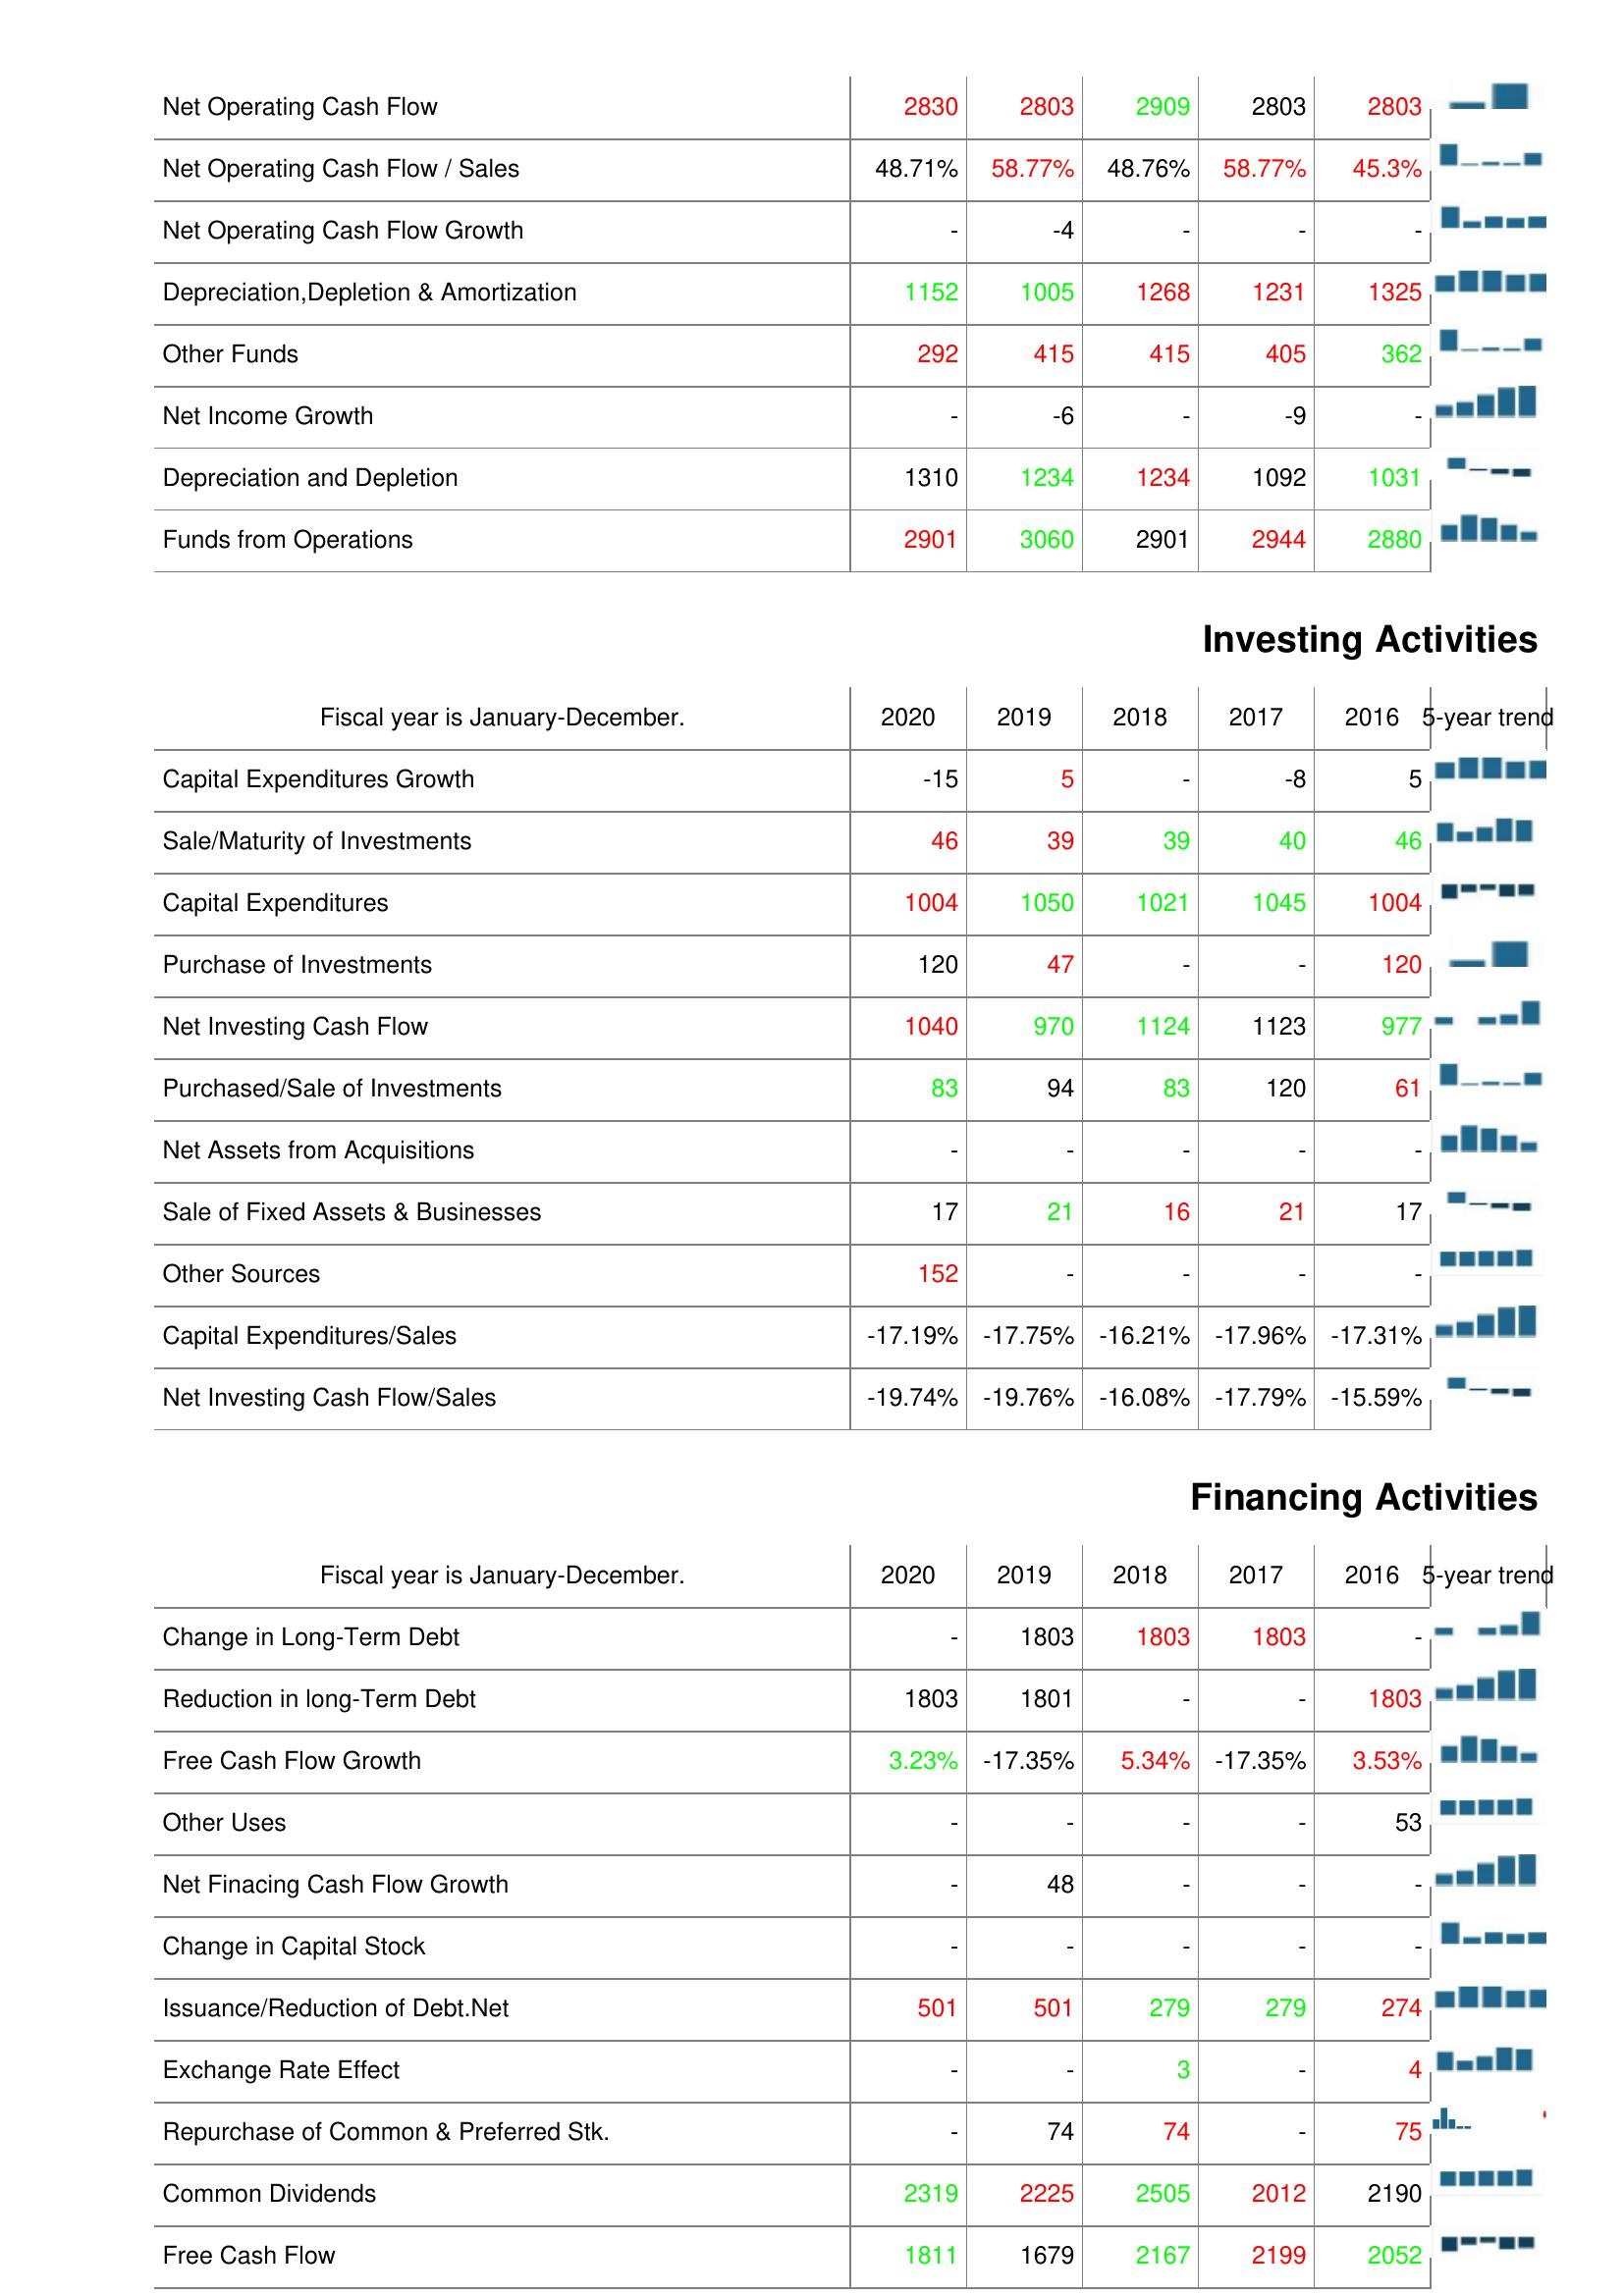
2020: Operating Activities: Net Operating Cash Flow: 2830
Net Operating Cash Flow / Sales: 48.71%
Net Operating Cash Flow Growth: -
Depreciation,Depletion & Amortization: 1152
Other Funds: 292
Net Income Growth: -
Depreciation and Depletion: 1310
Funds from Operations: 2901
Investing Activities: Capital Expenditures Growth: -15
Sale/Maturity of Investments: 46
Capital Expenditures: 1004
Purchase of Investments: 120
Net Investing Cash Flow: 1040
Purchased/Sale of Investments: 83
Net Assets from Acquisitions: -
Sale of Fixed Assets & Businesses: 17
Other Sources: 152
Capital Expenditures/Sales: -17.19%
Net Investing Cash Flow/Sales: -19.74%
Financing Activities: Change in Long-Term Debt: -
Reduction in long-Term Debt: 1803
Free Cash Flow Growth: 3.23%
Other Uses: -
Net Finacing Cash Flow Growth: -
Change in Capital Stock: -
Issuance/Reduction of Debt.Net: 501
Exchange Rate Effect: -
Repurchase of Common & Preferred Stk.: -
Common Dividends: 2319
Free Cash Flow: 1811
2019: Operating Activities: Net Operating Cash Flow: 2803
Net Operating Cash Flow / Sales: 58.77%
Net Operating Cash Flow Growth: -4
Depreciation,Depletion & Amortization: 1005
Other Funds: 415
Net Income Growth: -6
Depreciation and Depletion: 1234
Funds from Operations: 3060
Investing Activities: Capital Expenditures Growth: 5
Sale/Maturity of Investments: 39
Capital Expenditures: 1050
Purchase of Investments: 47
Net Investing Cash Flow: 970
Purchased/Sale of Investments: 94
Net Assets from Acquisitions: -
Sale of Fixed Assets & Businesses: 21
Other Sources: -
Capital Expenditures/Sales: -17.75%
Net Investing Cash Flow/Sales: -19.76%
Financing Activities: Change in Long-Term Debt: 1803
Reduction in long-Term Debt: 1801
Free Cash Flow Growth: -17.35%
Other Uses: -
Net Finacing Cash Flow Growth: 48
Change in Capital Stock: -
Issuance/Reduction of Debt.Net: 501
Exchange Rate Effect: -
Repurchase of Common & Preferred Stk.: 74
Common Dividends: 2225
Free Cash Flow: 1679
2018: Operating Activities: Net Operating Cash Flow: 2909
Net Operating Cash Flow / Sales: 48.76%
Net Operating Cash Flow Growth: -
Depreciation,Depletion & Amortization: 1268
Other Funds: 415
Net Income Growth: -
Depreciation and Depletion: 1234
Funds from Operations: 2901
Investing Activities: Capital Expenditures Growth: -
Sale/Maturity of Investments: 39
Capital Expenditures: 1021
Purchase of Investments: -
Net Investing Cash Flow: 1124
Purchased/Sale of Investments: 83
Net Assets from Acquisitions: -
Sale of Fixed Assets & Businesses: 16
Other Sources: -
Capital Expenditures/Sales: -16.21%
Net Investing Cash Flow/Sales: -16.08%
Financing Activities: Change in Long-Term Debt: 1803
Reduction in long-Term Debt: -
Free Cash Flow Growth: 5.34%
Other Uses: -
Net Finacing Cash Flow Growth: -
Change in Capital Stock: -
Issuance/Reduction of Debt.Net: 279
Exchange Rate Effect: 3
Repurchase of Common & Preferred Stk.: 74
Common Dividends: 2505
Free Cash Flow: 2167
2017: Operating Activities: Net Operating Cash Flow: 2803
Net Operating Cash Flow / Sales: 58.77%
Net Operating Cash Flow Growth: -
Depreciation,Depletion & Amortization: 1231
Other Funds: 405
Net Income Growth: -9
Depreciation and Depletion: 1092
Funds from Operations: 2944
Investing Activities: Capital Expenditures Growth: -8
Sale/Maturity of Investments: 40
Capital Expenditures: 1045
Purchase of Investments: -
Net Investing Cash Flow: 1123
Purchased/Sale of Investments: 120
Net Assets from Acquisitions: -
Sale of Fixed Assets & Businesses: 21
Other Sources: -
Capital Expenditures/Sales: -17.96%
Net Investing Cash Flow/Sales: -17.79%
Financing Activities: Change in Long-Term Debt: 1803
Reduction in long-Term Debt: -
Free Cash Flow Growth: -17.35%
Other Uses: -
Net Finacing Cash Flow Growth: -
Change in Capital Stock: -
Issuance/Reduction of Debt.Net: 279
Exchange Rate Effect: -
Repurchase of Common & Preferred Stk.: -
Common Dividends: 2012
Free Cash Flow: 2199
2016: Operating Activities: Net Operating Cash Flow: 2803
Net Operating Cash Flow / Sales: 45.3%
Net Operating Cash Flow Growth: -
Depreciation,Depletion & Amortization: 1325
Other Funds: 362
Net Income Growth: -
Depreciation and Depletion: 1031
Funds from Operations: 2880
Investing Activities: Capital Expenditures Growth: 5
Sale/Maturity of Investments: 46
Capital Expenditures: 1004
Purchase of Investments: 120
Net Investing Cash Flow: 977
Purchased/Sale of Investments: 61
Net Assets from Acquisitions: -
Sale of Fixed Assets & Businesses: 17
Other Sources: -
Capital Expenditures/Sales: -17.31%
Net Investing Cash Flow/Sales: -15.59%
Financing Activities: Change in Long-Term Debt: -
Reduction in long-Term Debt: 1803
Free Cash Flow Growth: 3.53%
Other Uses: 53
Net Finacing Cash Flow Growth: -
Change in Capital Stock: -
Issuance/Reduction of Debt.Net: 274
Exchange Rate Effect: 4
Repurchase of Common & Preferred Stk.: 75
Common Dividends: 2190
Free Cash Flow: 2052